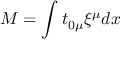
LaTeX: M = \int t _ { 0 \mu } \xi ^ { \mu } d x